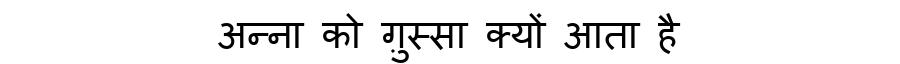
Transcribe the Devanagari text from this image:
अन्ना को ग़ुस्सा क्यों आता है